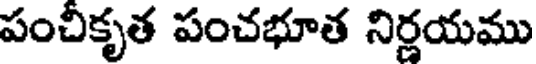
పంచీకృత పంచభూత నిర్ణయము